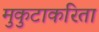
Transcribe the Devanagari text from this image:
मुकुटाकरिता